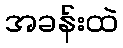
အခန်းထဲ